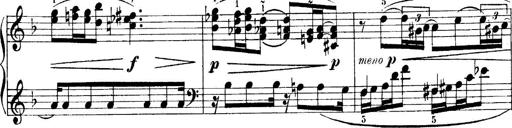
Title: 4 Sonatines
Composer: Max Reger